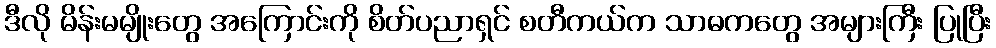
ဒီလို မိန်းမမျိုးတွေ အကြောင်းကို စိတ်ပညာရှင် စတီကယ်က သာဓကတွေ အများကြီး ပြုပြီး